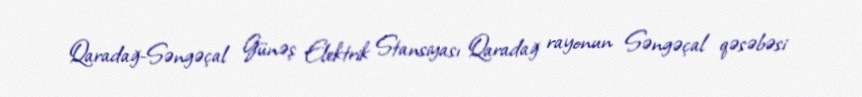
Qaradağ-Səngəçal Günəş Elektrik Stansiyası Qaradağ rayonun Səngəçal qəsəbəsi